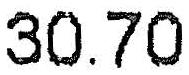
30.70